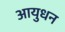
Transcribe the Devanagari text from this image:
आयुधन